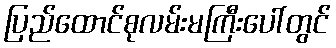
ပြည်ထောင်စုလမ်းမကြီးပေါ်တွင်